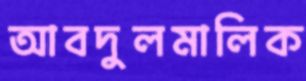
আবদুলমালিক